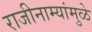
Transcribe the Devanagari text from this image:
राजीनाम्यांमुळे